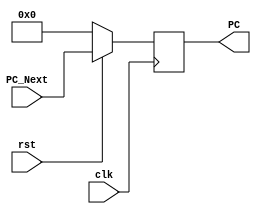
`timescale 1ns / 1ps
//////////////////////////////////////////////////////////////////////////////////
// Company: 
// Engineer: 
// 
// Design Name: 
// Module Name: Program_Counter
// Project Name: 
// Target Devices: 
// Tool Versions: 
// Description: 
// 
// Dependencies: 
// 
// Revision:
// Revision 0.01 - File Created
// Additional Comments:
// 
//////////////////////////////////////////////////////////////////////////////////


module Program_Counter(
    input [31:0] PC_Next,
    input clk,rst,//using active low reset(inverted)
    
    output reg [31:0] PC
);

always @(posedge clk)
begin
    if(rst == 1'b0)//reset low => acces start of the memory
        begin
            PC <= 32'h00000000;//blocking statement
        end 
    else // reset high => access the next instruction value
        begin
            PC <= PC_Next;
        end
    


end







endmodule